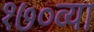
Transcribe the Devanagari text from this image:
१७०व्या